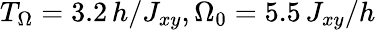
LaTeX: T_{\Omega}=3.2\, h/J_{xy},\Omega_{0}=5.5\, J_{xy}/h